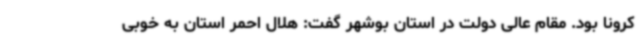
کرونا بود. مقام عالی دولت در استان بوشهر گفت: هلال احمر استان به خوبی